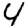
Digit: 4